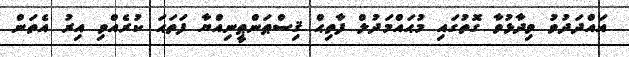
އައްދަދުވު ވިދާޅުވާ ގޮތުގައި މުޙައްމަދުލް ފާތިޙް ޤިސްޠަންޠީނިއްޔާ ފަތަޙަ ކުރެއްވި އިރު އެތަން